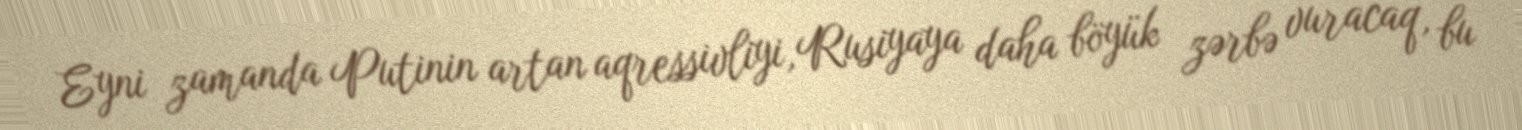
Eyni zamanda Putinin artan aqressivliyi, Rusiyaya daha böyük zərbə vuracaq, bu